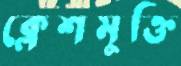
ক্লেশমুক্তি